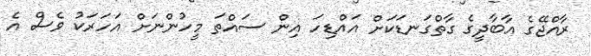
ރާއްޖޭގެ އާބާދީގެ ގާތްގަނޑަކަށް އައްޑިހަ އިން ސައްތަ މީހުންނަށް އަހަރަކު ވެސް އެ